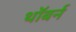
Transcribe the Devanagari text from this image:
थॉबर्न